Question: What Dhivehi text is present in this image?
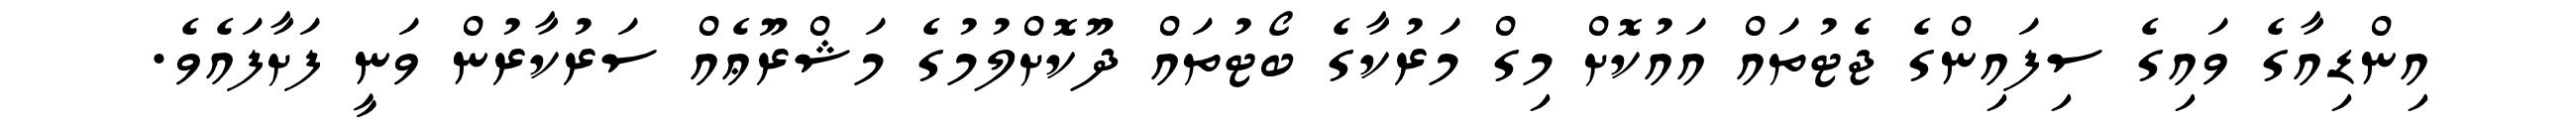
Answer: އިންޑިއާގެ ވައިގެ ސިފައިންގެ ޖެޓުތައް އައުކޮށް މިގް މަރުކާގެ ބޯޓުތައް ދޫކޮށްލުމުގެ މަޝްރޫޢެއް ސަރުކާރުން ވަނީ ފަށާފައެވެ.